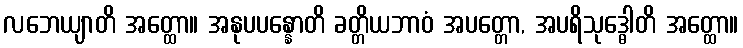
လဘေယျာတိ အတ္ထော။ အနုပပန္နောတိ ခတ္တိယဘာဝံ အပတ္တော, အပရိသုဒ္ဓေါတိ အတ္ထော။